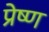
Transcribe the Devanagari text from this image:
प्रेष्ण